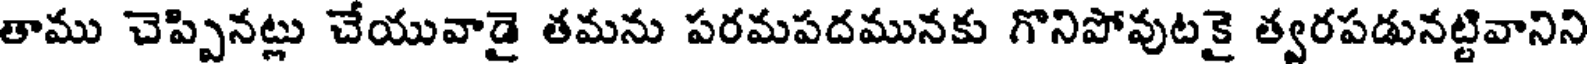
తాము చెప్పినట్లు చేయువాడై తమను పరమపదమునకు గొనిపోవుటకై త్వరపడునట్టివానిని